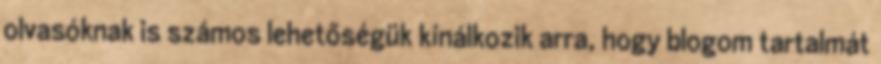
olvasóknak is számos lehetőségük kínálkozik arra, hogy blogom tartalmát